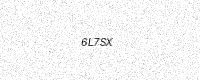
Text: 6L7SX